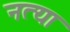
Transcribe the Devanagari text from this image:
नत्या